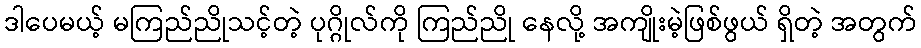
ဒါပေမယ့် မကြည်ညိုသင့်တဲ့ ပုဂ္ဂိုလ်ကို ကြည်ညို နေလို့ အကျိုးမဲ့ဖြစ်ဖွယ် ရှိတဲ့ အတွက်